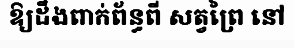
ឱ្យដឹងពាក់ព័ន្ធពី សត្វព្រៃ នៅ